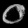
Digit: ၀